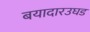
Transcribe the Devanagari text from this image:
बयादारउघड